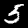
Digit: 5